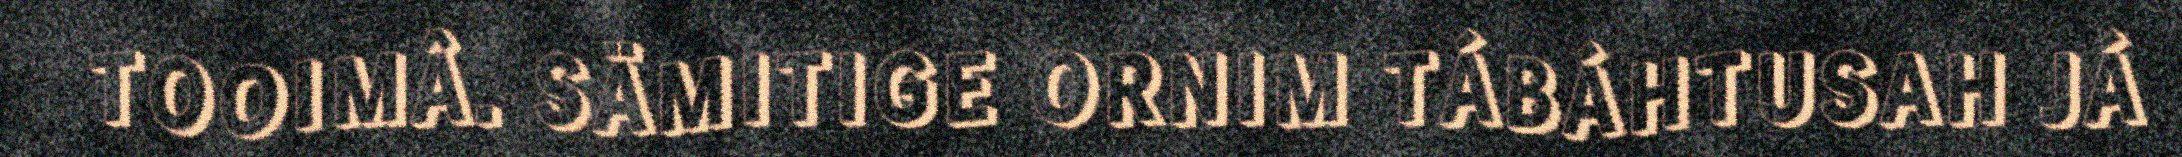
TOOIMÂ. SÄMITIGE ORNIM TÁBÁHTUSAH JÁ